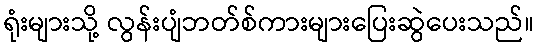
ရုံးများသို့ လွန်းပျံဘတ်စ်ကားများပြေးဆွဲပေးသည်။